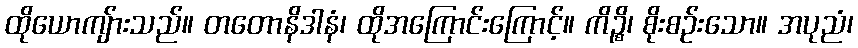
ထိုယောကျ်ားသည်။ တတောနိဒါနံ၊ ထိုအကြောင်းကြောင့်။ ကိဉ္စိ၊ စိုးစဉ်းသော။ အပုညံ၊